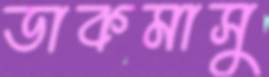
ডাকমাসু